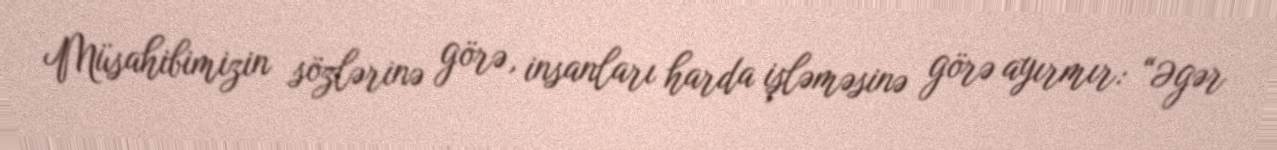
Müsahibimizin sözlərinə görə, insanları harda işləməsinə görə ayırmır: “Əgər